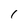
Character: 1